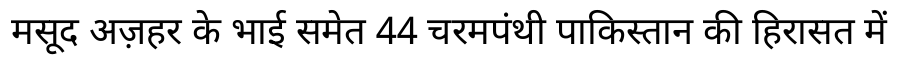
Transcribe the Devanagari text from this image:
मसूद अज़हर के भाई समेत 44 चरमपंथी पाकिस्तान की हिरासत में